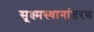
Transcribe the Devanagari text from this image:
सूक्ष्मस्थानांतरण